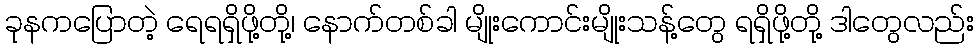
ခုနကပြောတဲ့ ရေရရှိဖို့တို့၊ နောက်တစ်ခါ မျိုးကောင်းမျိုးသန့်တွေ ရရှိဖို့တို့ ဒါတွေလည်း